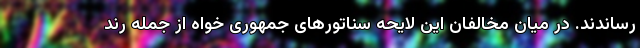
رساندند. در میان مخالفان این لایحه سناتورهای جمهوری خواه از جمله رند